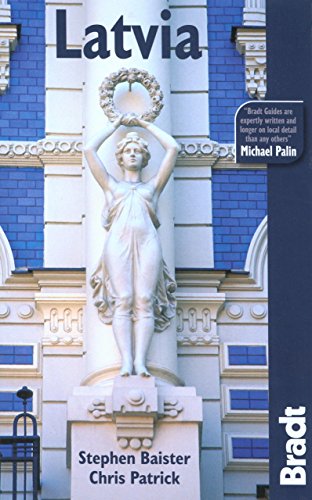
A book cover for Latvia (Bradt Travel Guide); Stephen Baister; Travel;